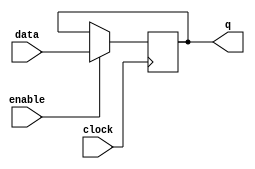
module  element_ff_d_11_ff
	( 
	clock,
	data,
	enable,
	q) /* synthesis synthesis_clearbox=1 */;
	input   clock;
	input   [10:0]  data;
	input   enable;
	output   [10:0]  q;
`ifndef ALTERA_RESERVED_QIS
// synopsys translate_off
`endif
	tri0   [10:0]  data;
	tri1   enable;
`ifndef ALTERA_RESERVED_QIS
// synopsys translate_on
`endif

	reg	[10:0]	ff_dffe;

	// synopsys translate_off
	initial
		ff_dffe = 0;
	// synopsys translate_on
	always @ ( posedge clock)
		if (enable == 1'b1)   ff_dffe <= data;
	assign
		q = ff_dffe;
endmodule
module element_ff_d_11 (
	clock,
	data,
	enable,
	q)/* synthesis synthesis_clearbox = 1 */;

	input	  clock;
	input	[10:0]  data;
	input	  enable;
	output	[10:0]  q;

	wire [10:0] sub_wire0;
	wire [10:0] q = sub_wire0[10:0];

	element_ff_d_11_ff	element_ff_d_11_ff_component (
				.enable (enable),
				.clock (clock),
				.data (data),
				.q (sub_wire0));

endmodule